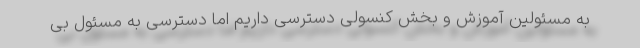
به مسئولین آموزش و بخش کنسولی دسترسی داریم اما دسترسی به مسئول بی